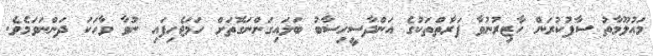
މަޢުލޫމާތު ސާފުކުރަން ހާޒިރުނުވާ ފަރާތްތަކުގެ އަންދާސީހިސާބު ބަލައިގަންނަގޮތަށް ހަމަޖެހިފައި ނުވާ ވާހަކަ ދަންނަވަމެވެ.